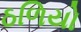
ઠળિયો